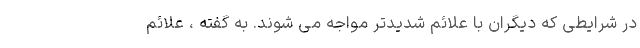
در شرایطی که دیگران با علائم شدیدتر مواجه می شوند. به گفته ، علائم